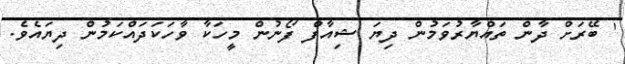
' ބޭރަށް ދާން ތައްޔާރުވަމުން ދިޔަ ޝިއާފް ފޯނުން މީހަކާ ވާހަކަދައްކަމުން ދިޔައެވެ.